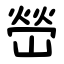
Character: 嵤